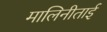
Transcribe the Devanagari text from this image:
मालिनीताई